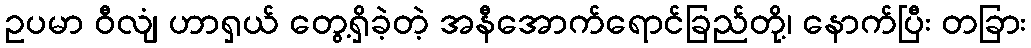
ဥပမာ ဝီလျံ ဟာရှယ် တွေ့ရှိခဲ့တဲ့ အနီအောက်ရောင်ခြည်တို့၊ နောက်ပြီး တခြား